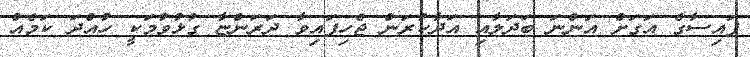
ފައިސާގެ އަގަށް އަންނަ ބަދަލާއި އަދާކުރަން ޖެހިފައިވާ ދަރަންޏާ ގުޅުވުމަކީ ހުއްދަ ކަމެއް